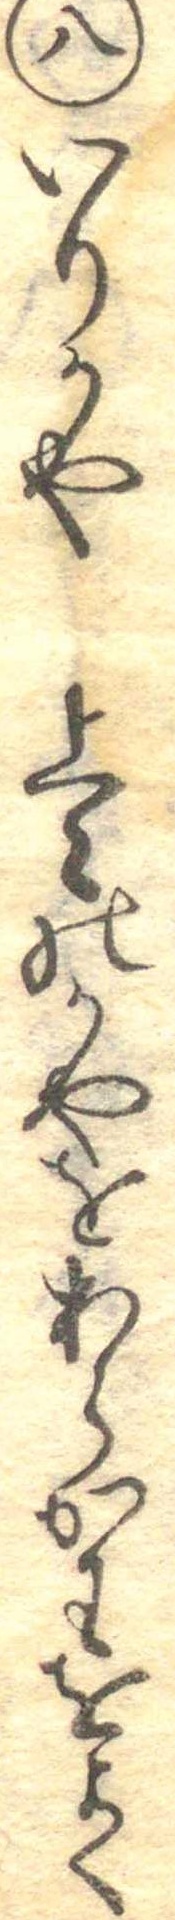
八いりかや上〻のかやをあらかわをよく